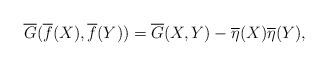
LaTeX: \begin{align*}\overline{G}(\overline{f}(X),\overline{f}(Y))=\overline{G}(X,Y)-\overline{\eta}(X)\overline{\eta}(Y),\end{align*}